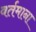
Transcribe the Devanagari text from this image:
वर्तमाना